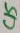
Text: C15